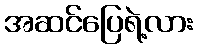
အဆင်ပြေရဲ့လား